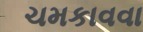
ચમકાવવા